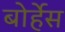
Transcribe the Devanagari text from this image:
बोर्हेस